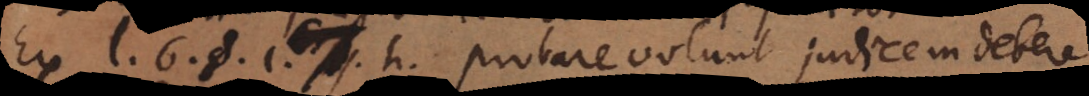
Ex l. 6. § 1. h. probare volunt judicem debere